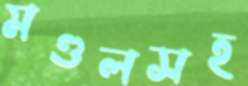
মণ্ডলসহ